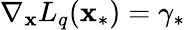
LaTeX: \nabla_{\mathbf{x}}L_{q}(\mathbf{x}_{*})=\gamma_{*}